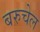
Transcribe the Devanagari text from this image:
बरुचेल